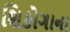
શિકોગાના